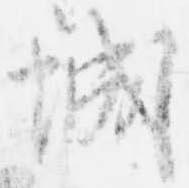
城